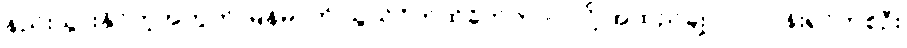
နည်းသွားနိုင်တဲ့အတွက် မြန်မာကို သွယ်ဝိုက်ထိခိုက်တာပဲ လို့ အထည်ချုပ်လုပ်ငန်းရှင်တစ်ဦး